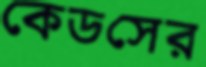
কেডসের